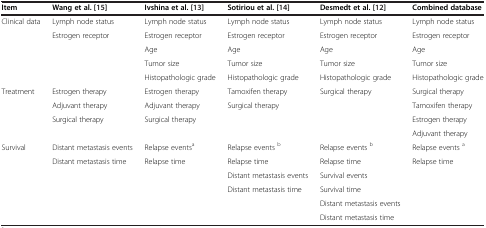
| Item | Wang et al. [[15]] | Ivshina et al. [[13]] | Sotiriou et al. [[14]] | Desmedt et al. [[12]] | Combined database |
 | --- | --- | --- | --- | --- | --- |
 | Clinical data | Lymph node status | Lymph node status | Lymph node status | Lymph node status | Lymph node status |
 |  | Estrogen receptor | Estrogen receptor | Estrogen receptor | Estrogen receptor | Estrogen receptor |
 |  |  | Age | Age | Age | Age |
 |  |  | Tumor size | Tumor size | Tumor size | Tumor size |
 |  |  | Histopathologic grade | Histopathologic grade | Histopathologic grade | Histopathologic grade |
 | Treatment | Estrogen therapy | Estrogen therapy | Tamoxifen therapy | Surgical therapy | Surgical therapy |
 |  | Adjuvant therapy | Adjuvant therapy | Surgical therapy |  | Tamoxifen therapy |
 |  | Surgical therapy | Surgical therapy |  |  | Estrogen therapy |
 |  |  |  |  |  | Adjuvant therapy |
 | Survival | Distant metastasis events | Relapse eventsa | Relapse events b | Relapse events b | Relapse events a |
 |  | Distant metastasis time | Relapse time | Relapse time | Relapse time | Relapse time |
 |  |  |  | Distant metastasis events | Survival events |  |
 |  |  |  | Distant metastasis time | Survival time |  |
 |  |  |  |  | Distant metastasis events |  |
 |  |  |  |  | Distant metastasis time |  |